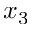
x _ { 3 }